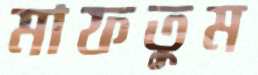
মাফতুম